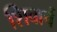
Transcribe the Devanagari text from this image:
शिवार्च